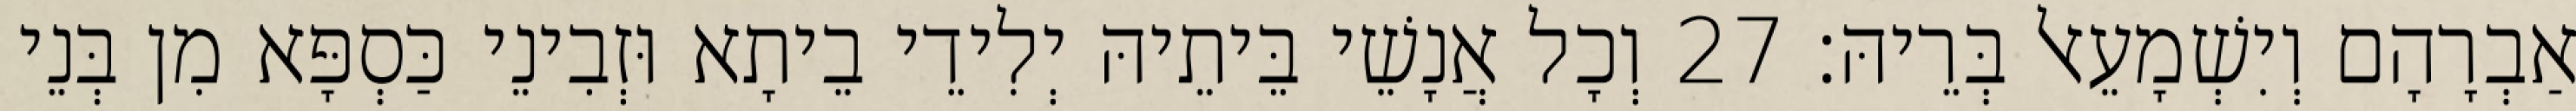
אַבְרָהָם וְיִשְׁמָעֵאל בְּרֵיהּ׃ 27 וְכָל אֲנָשֵׁי בֵּיתֵיהּ יְלִידֵי בֵיתָא וּזְבִינֵי כַּסְפָּא מִן בְּנֵי